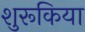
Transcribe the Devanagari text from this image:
शुरूकिया